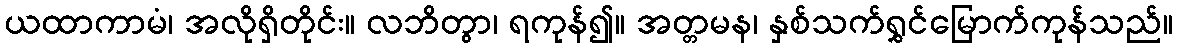
ယထာကာမံ၊ အလိုရှိတိုင်း။ လဘိတွာ၊ ရကုန်၍။ အတ္တမန၊ နှစ်သက်ရွှင်မြောက်ကုန်သည်။